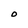
Character: O